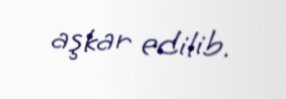
aşkar edilib.